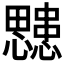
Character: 𭟜